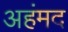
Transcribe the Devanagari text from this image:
अहंमद